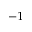
^ { - 1 }